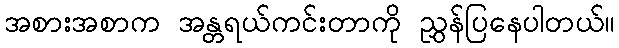
အစားအစာက အန္တရယ်ကင်းတာကို ညွှန်ပြနေပါတယ်။